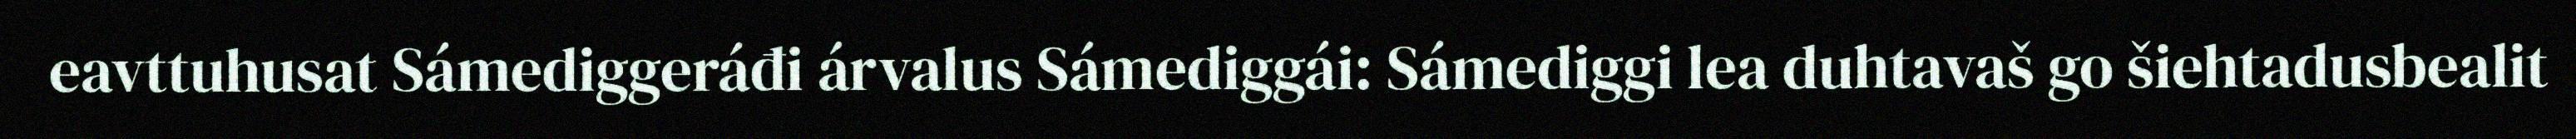
eavttuhusat Sámediggeráđi árvalus Sámediggái: Sámediggi lea duhtavaš go šiehtadusbealit